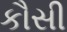
કૌસી